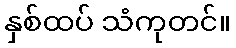
နှစ်ထပ် သံကုတင်။